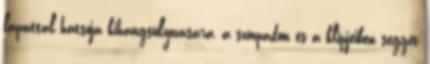
lapáttal hátsója kihangsúlyozására, a színpadon és a klipjeiben seggét